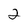
Character: 2